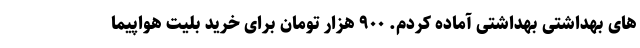
های بهداشتی بهداشتی آماده کردم. ۹۰۰ هزار تومان برای خرید بلیت هواپیما